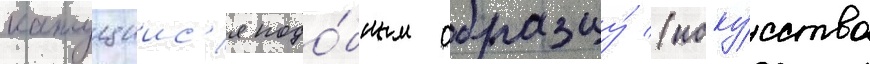
кажущиис'я подо́бным образцу́ (иску́сство